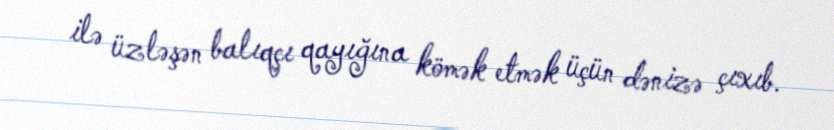
ilə üzləşən balıqçı qayığına kömək etmək üçün dənizə çıxıb.